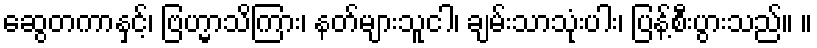
ဆွေတကာနှင့်၊ ဗြဟ္မာသိကြား၊ နတ်များသူငါ၊ ချမ်းသာသုံးပါး၊ ပြန့်စီးပွားသည်။ ။